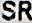
SR